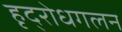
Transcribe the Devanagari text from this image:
हृद्‌रोधगलन